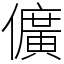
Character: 儣